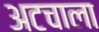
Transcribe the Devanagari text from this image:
अटचाला